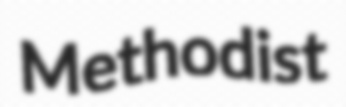
Methodist